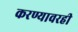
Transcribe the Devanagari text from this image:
करण्यावरही